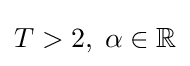
T>2,\;\alpha \in \mathbb {R}